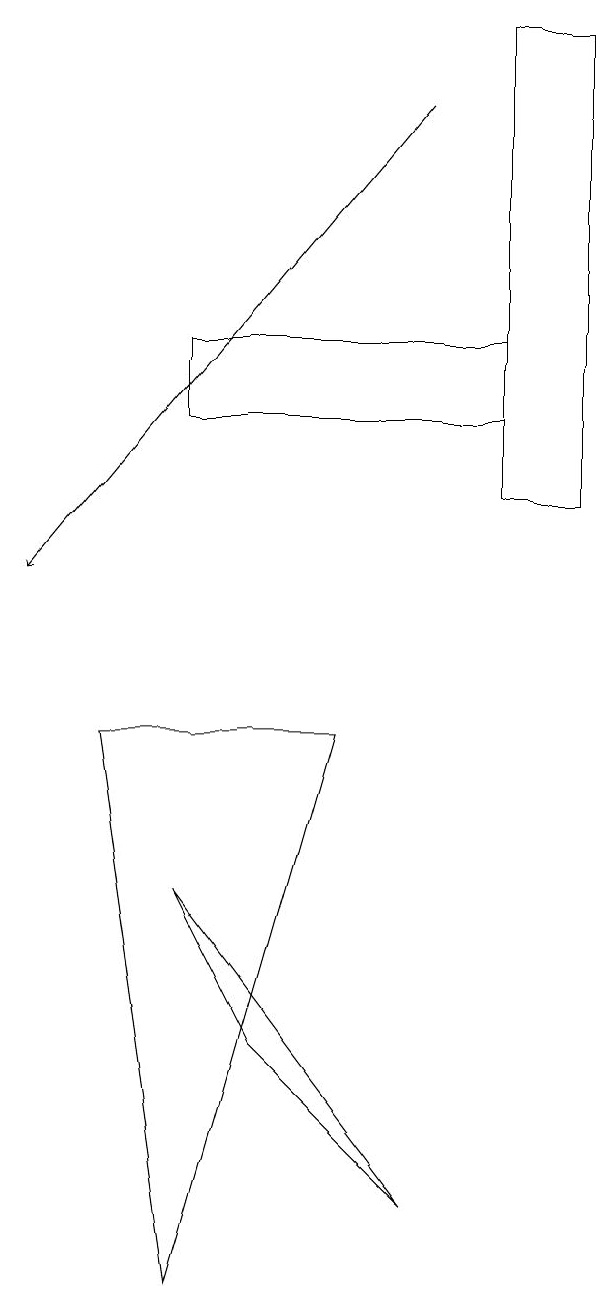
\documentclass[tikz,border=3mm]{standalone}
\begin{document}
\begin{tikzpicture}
\draw (5,5) -- (4,7) -- (7,3) -- cycle;
\draw (9,18) rectangle (8,12);
\draw (6,9) -- (4,2) -- (3,9) -- cycle;
\draw (4,14) rectangle (8,13);
\draw[->] (7,17) -- (2,11);
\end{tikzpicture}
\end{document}